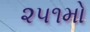
૨૫૧મો